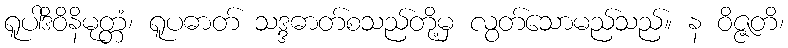
ရူပါဒိဝိနိမုတ္တံ၊ ရူပဓာတ် သဒ္ဒဓာတ်စသည်တို့မှ လွတ်သောမည်သည်။ န ဝိဇ္ဇတိ၊